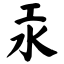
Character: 汞